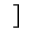
]